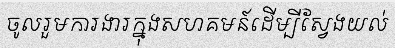
ចូលរួមការងារក្នុងសហគមន៍ដើម្បីស្វែងយល់